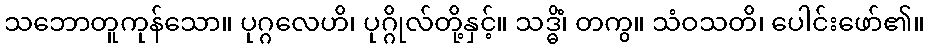
သဘောတူကုန်သော။ ပုဂ္ဂလေဟိ၊ ပုဂ္ဂိုလ်တို့နှင့်။ သဒ္ဓိံ၊ တကွ။ သံဝသတိ၊ ပေါင်းဖော်၏။